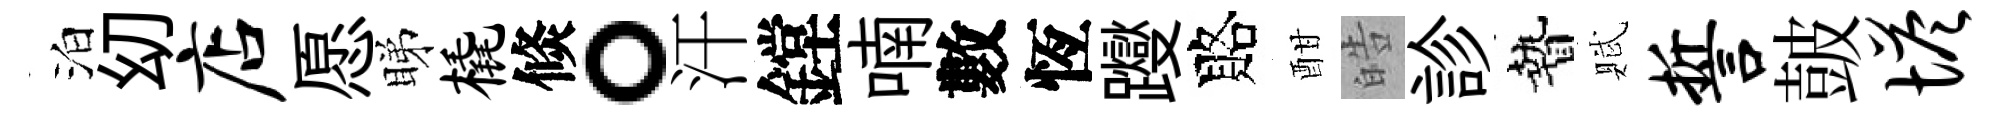
泊㓜店愿睇橇倐。汗鏜喃數恆躞賂酣皓診贄賦誓皷塔